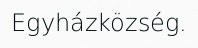
Egyházközség.